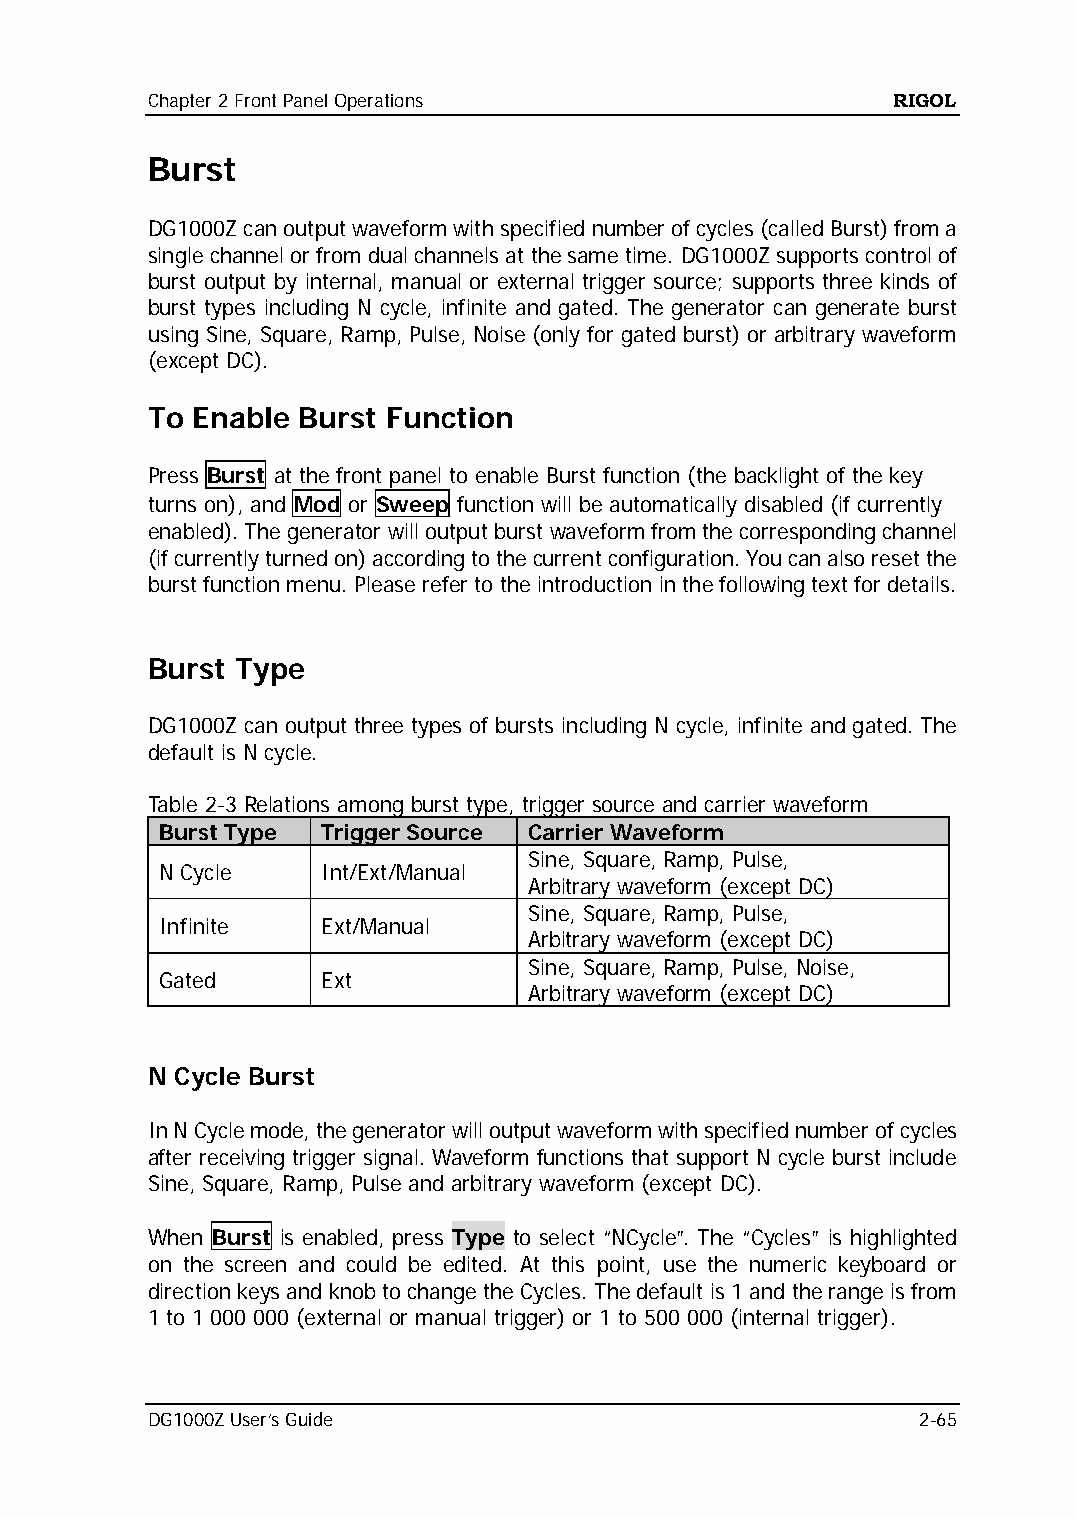
Chapter 2 Front Panel Operations                 RIGOL
 Burst
 DG1000Z can output waveform with specified number of cycles (called Burst) from a
 single channel or from dual channels at the same time. DG1000Z supports control of
 burst output by internal, manual or external trigger source; supports three kinds of
 burst types including N cycle, infinite and gated. The generator can generate burst
 using Sine, Square, Ramp, Pulse, Noise (only for gated burst) or arbitrary waveform
 (except DC).
 To Enable Burst Function
 Press Burst at the front panel to enable Burst function (the backlight of the key
 turns on), and Mod or Sweep function will be automatically disabled (if currently
 enabled). The generator will output burst waveform from the corresponding channel
 (if currently turned on) according to the current configuration. You can also reset the
 burst function menu. Please refer to the introduction in the following text for details.
 Burst Type
 DG1000Z can output three types of bursts including N cycle, infinite and gated. The
 default is N cycle.
 Table 2-3 Relations among burst type, trigger source and carrier waveform
 Burst Type Trigger Source Carrier Waveform
 Sine, Square, Ramp, Pulse,
 N Cycle   Int/Ext/Manual
 Arbitrary waveform (except DC)
 Sine, Square, Ramp, Pulse,
 Infinite  Ext/Manual
 Arbitrary waveform (except DC)
 Sine, Square, Ramp, Pulse, Noise,
 Gated     Ext
 Arbitrary waveform (except DC)
 N Cycle Burst
 In N Cycle mode, the generator will output waveform with specified number of cycles
 after receiving trigger signal. Waveform functions that support N cycle burst include
 Sine, Square, Ramp, Pulse and arbitrary waveform (except DC).
 When Burst is enabled, press Type to select “NCycle”. The “Cycles” is highlighted
 on the screen and could be edited. At this point, use the numeric keyboard or
 direction keys and knob to change the Cycles. The default is 1 and the range is from
 1 to 1 000 000 (external or manual trigger) or 1 to 500 000 (internal trigger).
 DG1000Z User’s Guide                               2-65